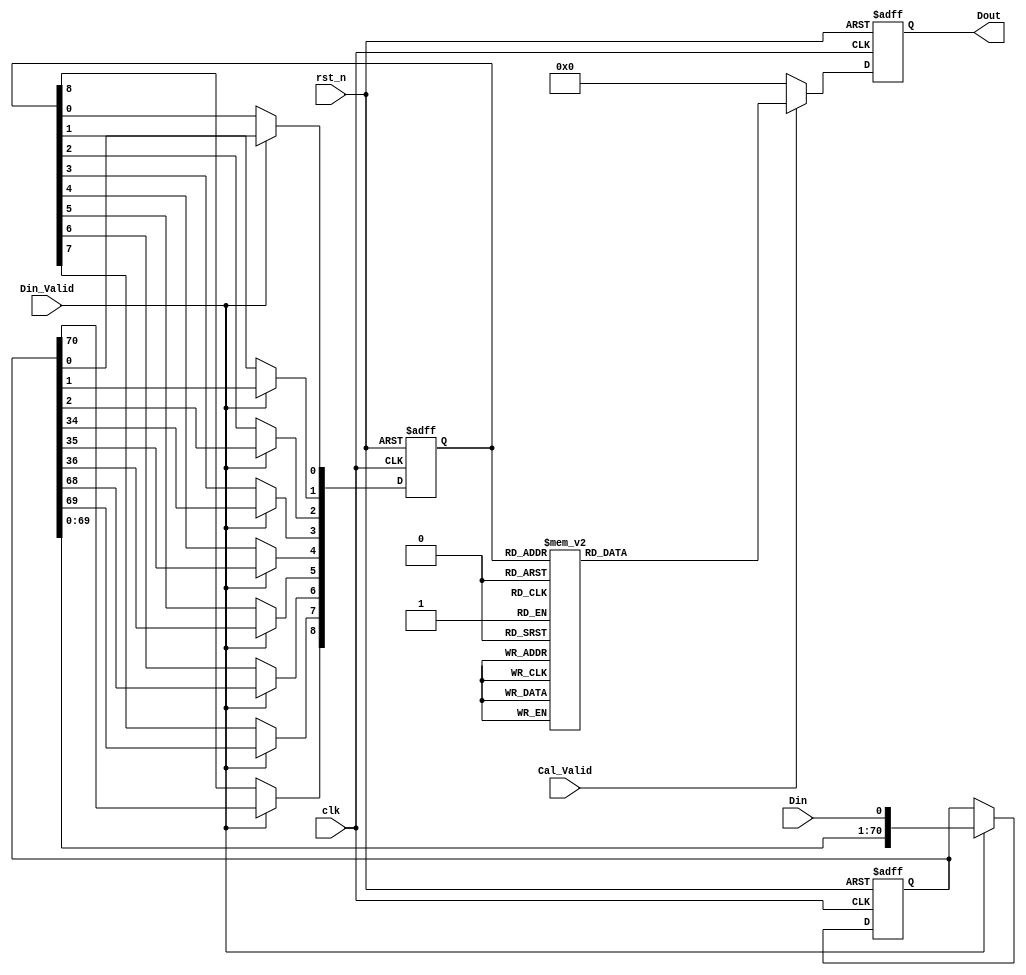
module First_CNN_0(
clk,
rst_n,
Din_Valid,
Cal_Valid,
Din,
Dout
);

input clk;
input rst_n;
input Din_Valid;
input Cal_Valid;
input Din; // 1-bit 
output reg signed [7:0] Dout; // 

reg [70:0] line_buffer; // 34*34 
reg [8:0] window_buffer; // 3*3         

    // Data Buffer
    always @ (posedge clk or negedge rst_n) begin
        if (!rst_n)
            begin
                line_buffer   <= 71'd0;
                window_buffer <= 4'b0000;
            end
        else begin
            if(Din_Valid) begin
                line_buffer      <= {line_buffer[69:0],Din};
                window_buffer[8] <= line_buffer[70];
                window_buffer[7] <= line_buffer[69];
                window_buffer[6] <= line_buffer[68];
                window_buffer[5] <= line_buffer[36];
                window_buffer[4] <= line_buffer[35];
                window_buffer[3] <= line_buffer[34];
                window_buffer[2] <= line_buffer[2];
                window_buffer[1] <= line_buffer[1];
                window_buffer[0] <= line_buffer[0];
            end
            else begin
            line_buffer   <= line_buffer;
            window_buffer <= window_buffer;
            end  
        end
    end

    always @(posedge clk or negedge rst_n) begin
        if (!rst_n)
            Dout <= 8'b00000000;
        else begin
            if(Cal_Valid) begin
            case(window_buffer)
                9'b000000101:Dout<=8'd9;
                9'b010010101:Dout<=8'd9;
                9'b011000111:Dout<=8'd9;
                9'b100101110:Dout<=8'd9;
                9'b110111110:Dout<=8'd9;
                9'b000000110:Dout<=8'd12;
                9'b010010110:Dout<=8'd12;
                9'b000000111:Dout<=8'd31;
                9'b010010111:Dout<=8'd31;
                9'b000001011:Dout<=8'd15;
                9'b001001100:Dout<=8'd15;
                9'b010011011:Dout<=8'd15;
                9'b011011100:Dout<=8'd15;
                9'b000001100:Dout<=8'd25;
                9'b010011100:Dout<=8'd25;
                9'b011001110:Dout<=8'd25;
                9'b000001101:Dout<=8'd44;
                9'b010011101:Dout<=8'd44;
                9'b011001111:Dout<=8'd44;
                9'b000001110:Dout<=8'd47;
                9'b010011110:Dout<=8'd47;
                9'b000001111:Dout<=8'd66;
                9'b010011111:Dout<=8'd66;
                9'b000010100:Dout<=8'd2;
                9'b001000110:Dout<=8'd2;
                9'b010101100:Dout<=8'd2;
                9'b011010110:Dout<=8'd2;
                9'b000010101:Dout<=8'd21;
                9'b001000111:Dout<=8'd21;
                9'b010101101:Dout<=8'd21;
                9'b011010111:Dout<=8'd21;
                9'b100111110:Dout<=8'd21;
                9'b000010110:Dout<=8'd24;
                9'b010101110:Dout<=8'd24;
                9'b000010111:Dout<=8'd43;
                9'b010101111:Dout<=8'd43;
                9'b000011001:Dout<=8'd5;
                9'b001001011:Dout<=8'd5;
                9'b011011011:Dout<=8'd5;
                9'b100110111:Dout<=8'd5;
                9'b110001101:Dout<=8'd5;
                9'b000011010:Dout<=8'd8;
                9'b010100111:Dout<=8'd8;
                9'b101111101:Dout<=8'd8;
                9'b110001110:Dout<=8'd8;
                9'b000011011:Dout<=8'd27;
                9'b001011100:Dout<=8'd27;
                9'b110001111:Dout<=8'd27;
                9'b000011100:Dout<=8'd37;
                9'b001001110:Dout<=8'd37;
                9'b011011110:Dout<=8'd37;
                9'b000011101:Dout<=8'd56;
                9'b001001111:Dout<=8'd56;
                9'b011011111:Dout<=8'd56;
                9'b000011110:Dout<=8'd59;
                9'b000011111:Dout<=8'd78;
                9'b000100110:Dout<=8'd1;
                9'b010110110:Dout<=8'd1;
                9'b000100111:Dout<=8'd20;
                9'b010110111:Dout<=8'd20;
                9'b100001110:Dout<=8'd20;
                9'b110011110:Dout<=8'd20;
                9'b000101011:Dout<=8'd4;
                9'b001101100:Dout<=8'd4;
                9'b010111011:Dout<=8'd4;
                9'b011111100:Dout<=8'd4;
                9'b100000111:Dout<=8'd4;
                9'b110010111:Dout<=8'd4;
                9'b000101100:Dout<=8'd14;
                9'b001010110:Dout<=8'd14;
                9'b010111100:Dout<=8'd14;
                9'b011101110:Dout<=8'd14;
                9'b000101101:Dout<=8'd33;
                9'b001010111:Dout<=8'd33;
                9'b010111101:Dout<=8'd33;
                9'b011101111:Dout<=8'd33;
                9'b000101110:Dout<=8'd36;
                9'b010111110:Dout<=8'd36;
                9'b000101111:Dout<=8'd55;
                9'b010111111:Dout<=8'd55;
                9'b000110101:Dout<=8'd10;
                9'b001100111:Dout<=8'd10;
                9'b011110111:Dout<=8'd10;
                9'b100011100:Dout<=8'd10;
                9'b101001110:Dout<=8'd10;
                9'b111011110:Dout<=8'd10;
                9'b000110110:Dout<=8'd13;
                9'b010001100:Dout<=8'd13;
                9'b000110111:Dout<=8'd32;
                9'b010001101:Dout<=8'd32;
                9'b100011110:Dout<=8'd32;
                9'b000111011:Dout<=8'd16;
                9'b001111100:Dout<=8'd16;
                9'b100010111:Dout<=8'd16;
                9'b110101111:Dout<=8'd16;
                9'b000111100:Dout<=8'd26;
                9'b001101110:Dout<=8'd26;
                9'b011111110:Dout<=8'd26;
                9'b000111101:Dout<=8'd45;
                9'b001101111:Dout<=8'd45;
                9'b011111111:Dout<=8'd45;
                9'b000111110:Dout<=8'd48;
                9'b000111111:Dout<=8'd67;
                9'b001001101:Dout<=8'd34;
                9'b011011101:Dout<=8'd34;
                9'b001010101:Dout<=8'd11;
                9'b011101101:Dout<=8'd11;
                9'b101111110:Dout<=8'd11;
                9'b001011011:Dout<=8'd17;
                9'b100001101:Dout<=8'd17;
                9'b110011101:Dout<=8'd17;
                9'b111001111:Dout<=8'd17;
                9'b001011101:Dout<=8'd46;
                9'b001011110:Dout<=8'd49;
                9'b001011111:Dout<=8'd68;
                9'b001101101:Dout<=8'd23;
                9'b011111101:Dout<=8'd23;
                9'b001110110:Dout<=8'd3;
                9'b010001011:Dout<=8'd3;
                9'b011001100:Dout<=8'd3;
                9'b001110111:Dout<=8'd22;
                9'b011001101:Dout<=8'd22;
                9'b101011110:Dout<=8'd22;
                9'b001111011:Dout<=8'd6;
                9'b100101101:Dout<=8'd6;
                9'b101010111:Dout<=8'd6;
                9'b110111101:Dout<=8'd6;
                9'b111101111:Dout<=8'd6;
                9'b001111101:Dout<=8'd35;
                9'b010001110:Dout<=8'd35;
                9'b001111110:Dout<=8'd38;
                9'b001111111:Dout<=8'd56;
                9'b010000111:Dout<=8'd19;
                9'b101011101:Dout<=8'd19;
                9'b010001111:Dout<=8'd54;
                9'b100001111:Dout<=8'd39;
                9'b110011111:Dout<=8'd39;
                9'b100011101:Dout<=8'd28;
                9'b101001111:Dout<=8'd28;
                9'b111011111:Dout<=8'd28;
                9'b100011111:Dout<=8'd51;
                9'b100101111:Dout<=8'd28;
                9'b110111111:Dout<=8'd28;
                9'b100111101:Dout<=8'd18;
                9'b101101111:Dout<=8'd18;
                9'b111111111:Dout<=8'd18;
                9'b100111111:Dout<=8'd40;
                9'b101001101:Dout<=8'd7;
                9'b111011101:Dout<=8'd7;
                9'b101011111:Dout<=8'd41;
                9'b101111111:Dout<=8'd30; 
                default:     Dout<=8'd0;
            endcase
            end
            else
                Dout<=8'd0;
        end
    end
endmodule